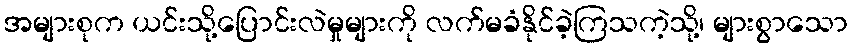
အများစုက ယင်းသို့ပြောင်းလဲမှုများကို လက်မခံနိုင်ခဲ့ကြသကဲ့သို့၊ များစွာသော